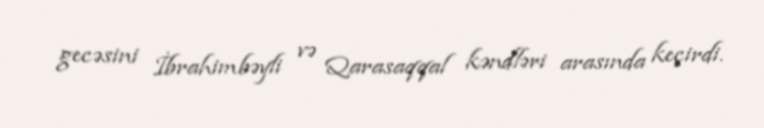
gecəsini İbrahimbəyli və Qarasaqqal kəndləri arasında keçirdi.